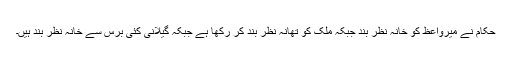
حکام نے میرواعظ کو خانہ نظر بند جبکہ ملک کو تھانہ نظر بند کر رکھا ہے جبکہ گیلانی کئی برس سے خانہ نظر بند ہیں۔